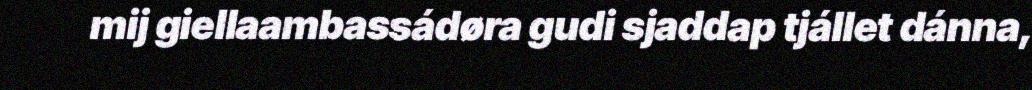
mij giellaambassádøra gudi sjaddap tjállet dánna,